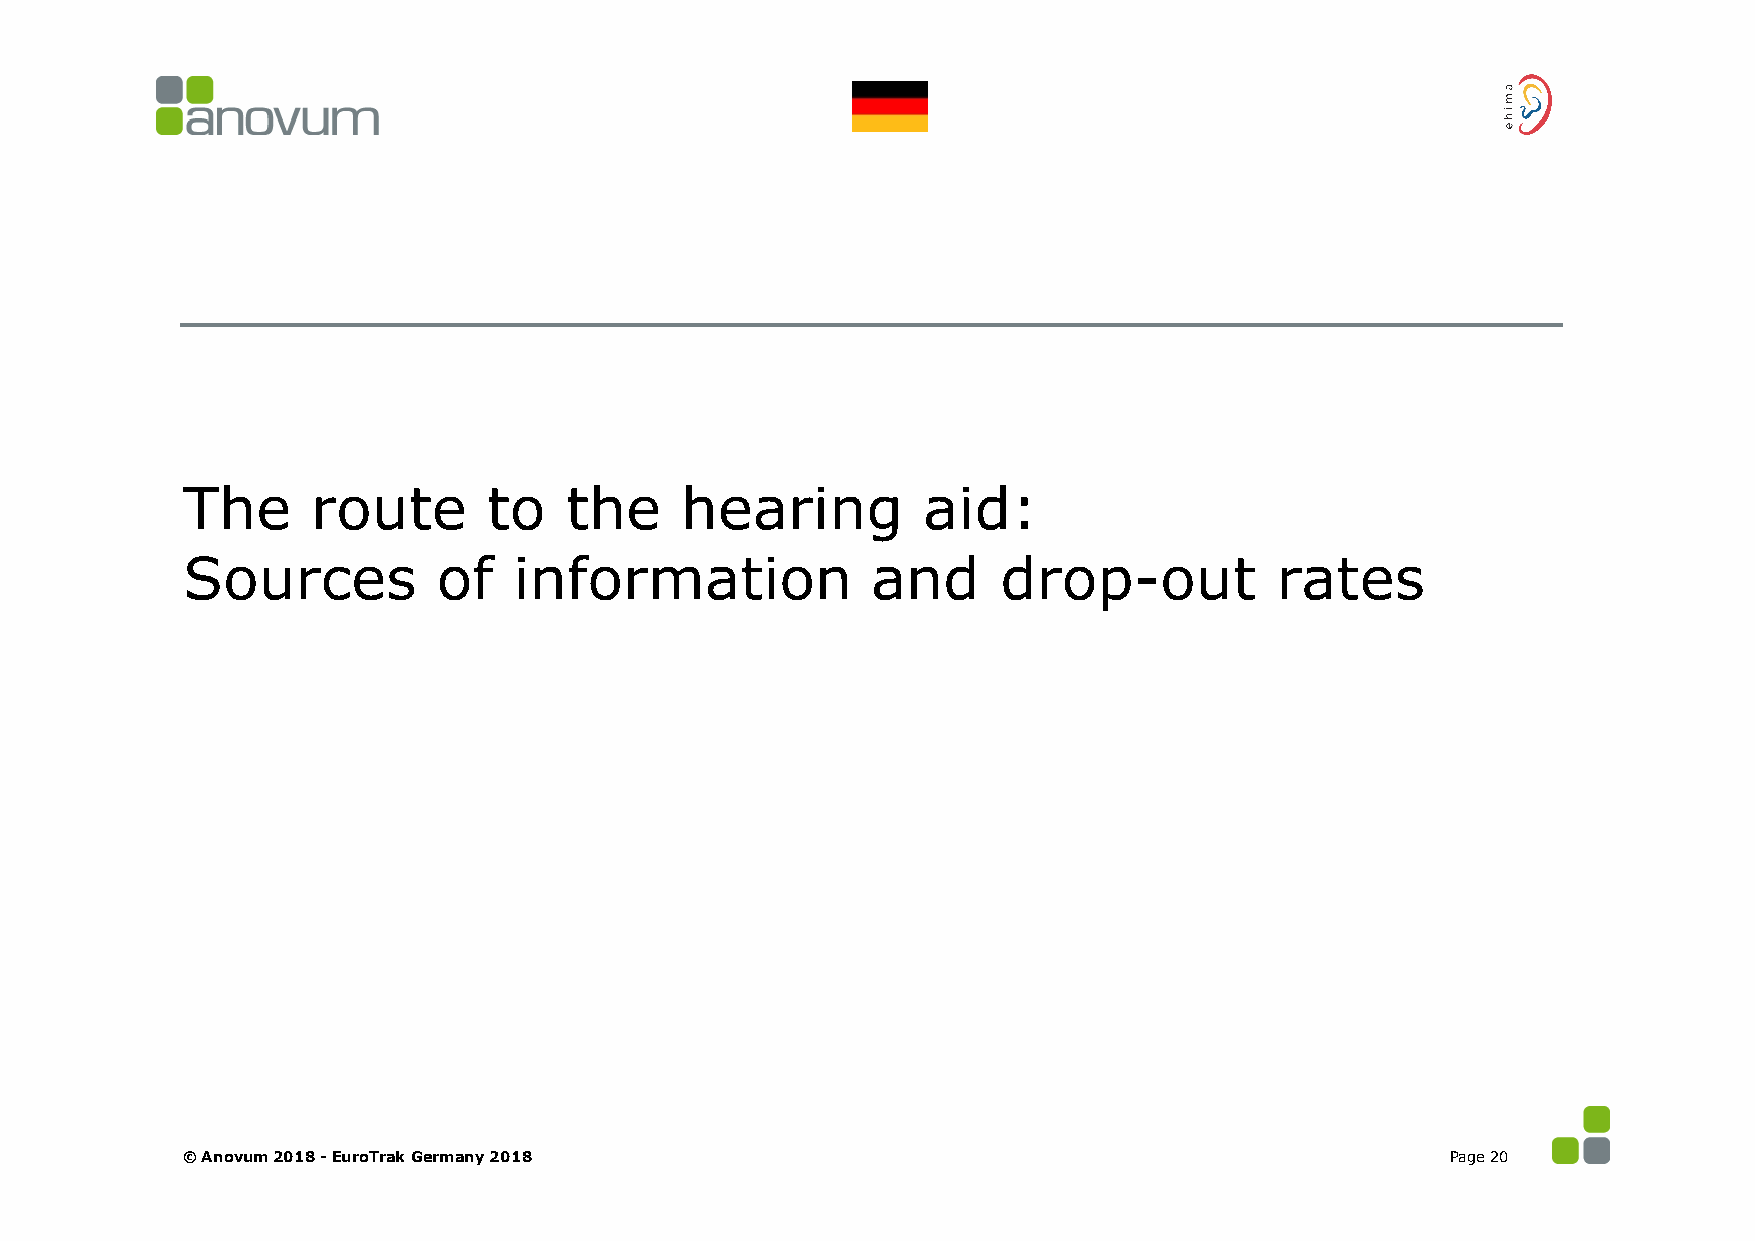
The      route      to   the     hearing         aid:
 Sources          of   information             and     drop-out          rates
 © Anovum 2018 -EuroTrak Germany 2018                                                Page 20